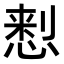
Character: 𢝗